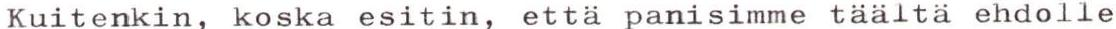
Kuitenkin, koska esitin, että panisimme täältä ehdolle